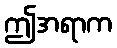
ဤအရာက